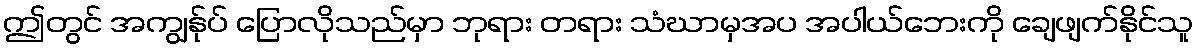
ဤတွင် အကျွန်ုပ် ပြောလိုသည်မှာ ဘုရား တရား သံဃာမှအပ အပါယ်ဘေးကို ချေဖျက်နိုင်သူ